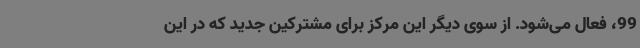
99، فعال می‌شود. از سوی دیگر این مرکز برای مشترکین جدید که در این